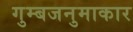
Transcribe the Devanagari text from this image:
गुम्बजनुमाकार